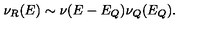
\nu _ { R } ( E ) \sim \nu ( E - E _ { Q } ) \nu _ { Q } ( E _ { Q } ) .